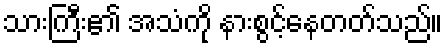
သားကြီး၏ အသံကို နားစွင့်နေတတ်သည်။